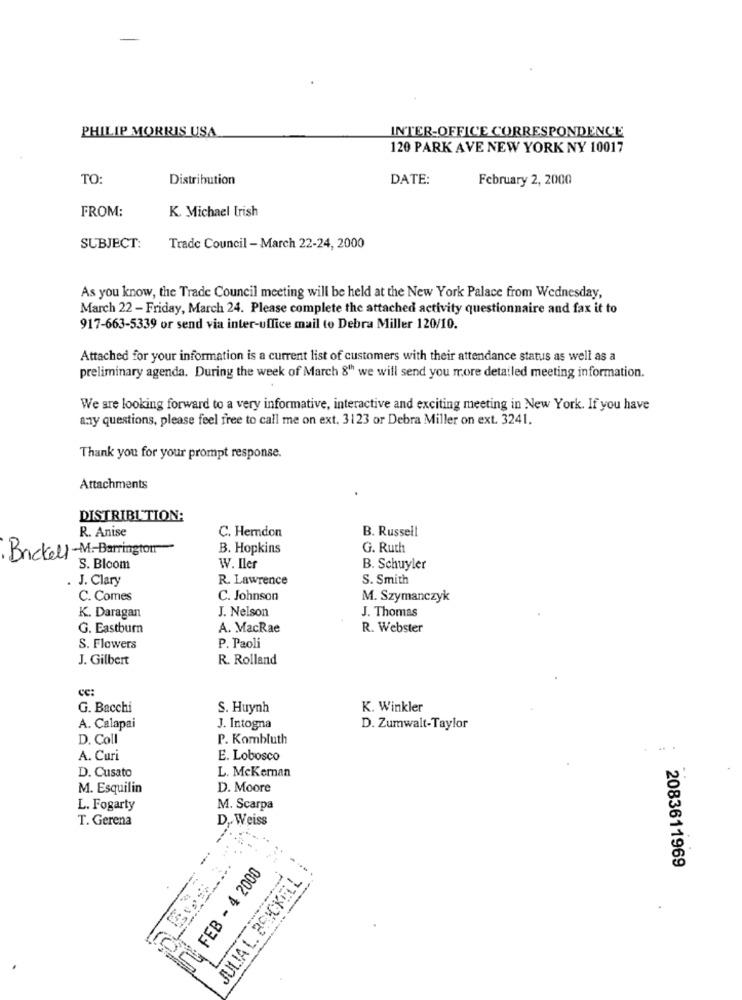
PHILIP MORRIS USA
INTER-OFFICE CORRESPONDENCE
120 PARK AVE NEW YORK NY 10017
TO
Distribution
DATE:
February 2, 2000
FROM:
K. Michael Irish
SUBJECT:
Trade Council - March 22-24, 2000
As you know, the Trade Council meeting will be held at the New York Palace from Wednesday,
March 22 - Friday, March 24. Please complete the attached activity questionnaire and fax it to
917-663-5339 or send via inter-uffice mail to Debra Miller 120/10.
Attached for your information is a current list of customers with their attendance status as well as a
preliminary agenda. During the week of March 8" we will send you more detailed meeting information.
We are looking forward to a very informative, interactive and exciting meeting in New York. If you have
any questions, please feel free to call me on ext. 3123 or Debra Miller on ext. 3241.
Thank you for your prompt response.
Attachments
DISTRIBUTION:
R. Anise
C. Herndon
B. Russell
B. Hopkins
G. Ruth
Brickell-M.Barrington
S. Bloom
W. Iler
B. Schuyler
J. Clary
R. Lawrence
S. Smith
C. Comes
C. Johnson
M. Szymanczyk
K. Daragan
J. Nelson
J. Thomas
G. Eastburn
A. MacRae
R. Webster
S. Flowers
P. Paoli
J. Gilbert
R. Rolland
Cc:
G. Bacchi
S. Huynh
K. Winkler
A. Calapai
J. Intogna
D. Zumwalt-Taylor
D. Coll
P. Kombluth
A. Curi
E. Lobosco
D. Cusato
L. McKernan
M. Esquilin
D. Moore
L. Fogarty
M. Scarpa
T. Gerena
D, Weiss
FEB - 4 2000
2083611969
JULIA L. BRICKELL